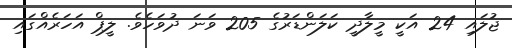
ޖުލައި 24 އަކީ މީލާދީ ކަލަންޑަރުގެ 205 ވަނަ ދުވަހެވެ. ލީޕް އަހަރެއްގައި